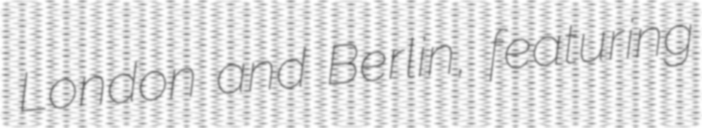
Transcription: London and Berlin, featuring